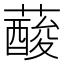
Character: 𦾹